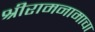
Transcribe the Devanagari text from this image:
श्रीरामनामाचा